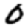
Digit: 0